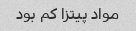
مواد پیتزا کم بود